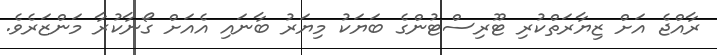
ރާއްޖެ އަށް ޒިޔާރަތްކުރި ޓޫރިސްޓުންގެ ބަޔަކު މިޔަރު ބާނައި އެއަށް ގޯނާކުރާ މަންޒަރެވެ.